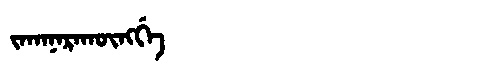
Manchu: ᠵᠠᡴᠠᠨᠠᡵᠠᡴᡡᠩᡤᡝ
Romanization: JAKANARAKŪNGGE